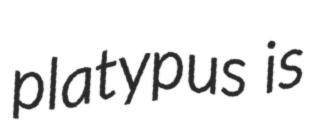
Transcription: platypus is